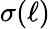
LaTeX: \sigma(\ell)